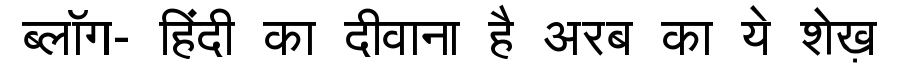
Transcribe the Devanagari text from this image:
ब्लॉग- हिंदी का दीवाना है अरब का ये शेख़